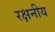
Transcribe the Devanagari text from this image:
रक्षनीय